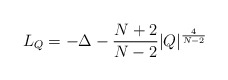
\begin{align*}L_Q=-\Delta -\frac{N+2}{N-2}|Q|^{\frac{4}{N-2}}\end{align*}